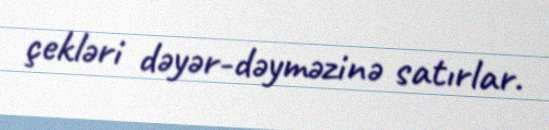
çekləri dəyər-dəyməzinə satırlar.